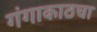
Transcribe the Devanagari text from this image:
गंगाकाठचा